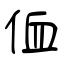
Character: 侐